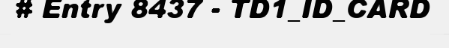
# Entry 8437 - TD1_ID_CARD